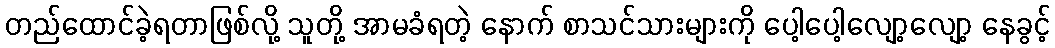
တည်ထောင်ခဲ့ရတာဖြစ်လို့ သူတို့ အာမခံရတဲ့ နောက် စာသင်သားများကို ပေါ့ပေါ့လျော့လျော့ နေခွင့်